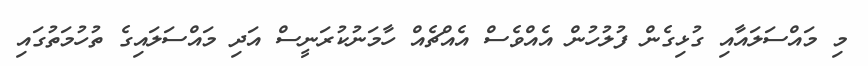
މި މައްސަލައާއި ގުޅިގެން ފުލުހުން އެއްވެސް އެއްޗެއް ހާމަނުކުރަނީސް އަދި މައްސަލައިގެ ތުހުމަތުގައި